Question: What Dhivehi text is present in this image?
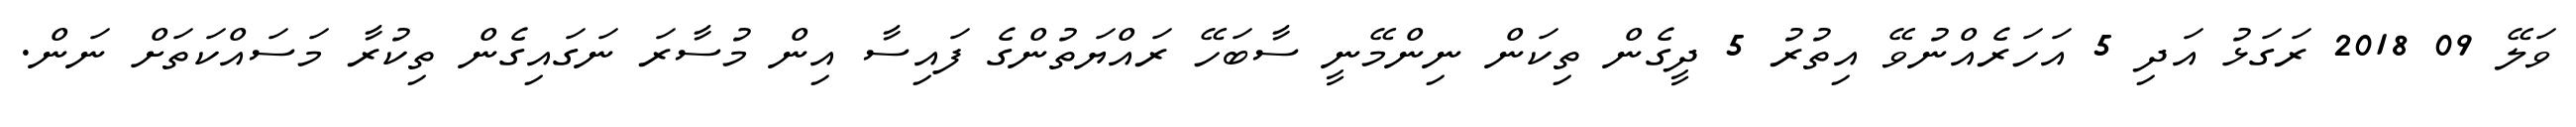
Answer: ވަލޭ 09 2018 ރަގަޅު އަދި 5 އަހަރެއްނުވޭ އިތުރު 5 ދީގެން ތިކަން ނިންމޭނީ ސާބަހޭ ރައްޔަތުންގެ ފައިސާ އިން މުސާރަ ނަގައިގެން ތިކުރާ މަސައްކަތަށް ނަން.